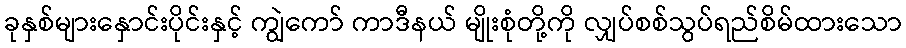
ခုနှစ်များနှောင်းပိုင်းနှင့် ကျွဲကော် ကာဒီနယ် မျိုးစုံတို့ကို လျှပ်စစ်သွပ်ရည်စိမ်ထားသော